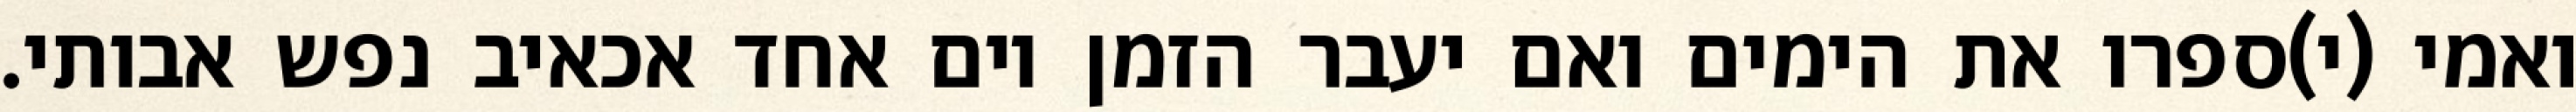
ואמי (י)ספרו את הימים ואם יעבר הזמן יום אחד אכאיב נפש אבותי.